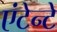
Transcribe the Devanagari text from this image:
एंटेन्टे